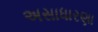
અસાધારણા